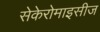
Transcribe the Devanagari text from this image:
सेकेरोमाइसीज